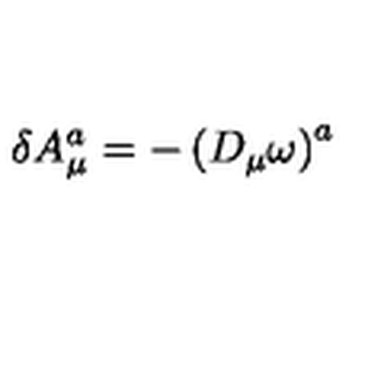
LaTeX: \delta A _ { \mu } ^ { a } = - \left( D _ { \mu } \omega \right) ^ { a }